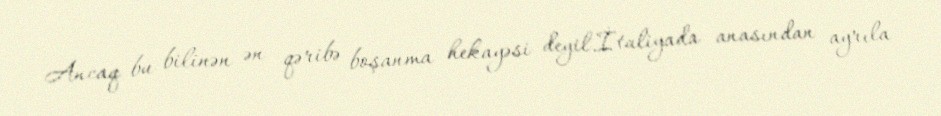
Ancaq bu bilinən ən qəribə boşanma hekayəsi deyil.İtaliyada anasından ayrıla